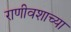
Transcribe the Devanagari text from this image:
राणीवशाच्या